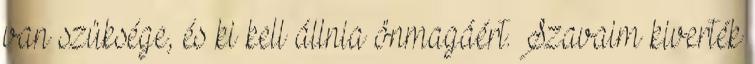
van szüksége, és ki kell állnia önmagáért. Szavaim kiverték